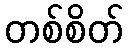
တစ်စိတ်